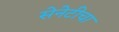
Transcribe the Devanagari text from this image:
सेनेटीचा